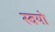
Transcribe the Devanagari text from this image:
स्वयो